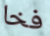
فخا